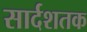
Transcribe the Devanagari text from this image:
सार्दशतक